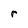
Character: r